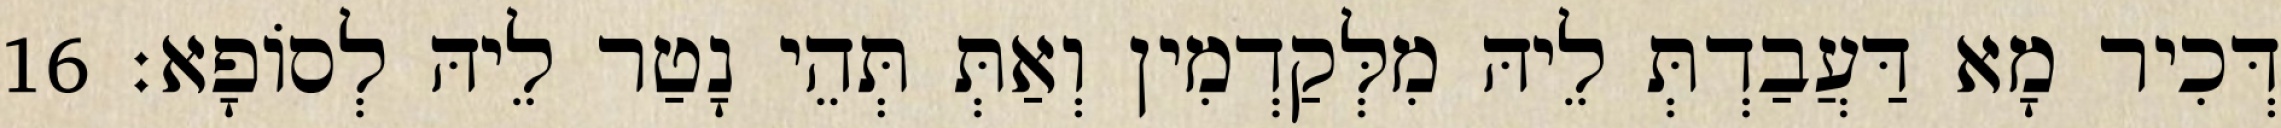
דְּכִיר מָא דַּעֲבַדְתְּ לֵיהּ מִלְּקַדְמִין וְאַתְּ תְּהֵי נָטַר לֵיהּ לְסוֹפָא׃ 16